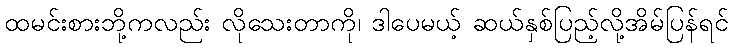
ထမင်းစားဘို့ကလည်း လိုသေးတာကို၊ ဒါပေမယ့် ဆယ်နှစ်ပြည့်လို့အိမ်ပြန်ရင်